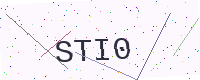
Text: STI0